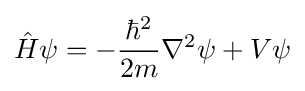
{\hat {H}}\psi =-{\frac {\hbar ^{2}}{2m}}\nabla ^{2}\psi +V\psi